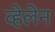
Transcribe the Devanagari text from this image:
व्हेलेन